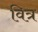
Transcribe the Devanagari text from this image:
वित्र